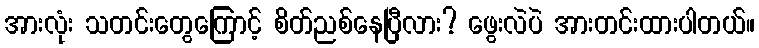
အားလုံး သတင်းတွေကြောင့် စိတ်ညစ်နေပြီလား? ဖွေးလဲပဲ အားတင်းထားပါတယ်။